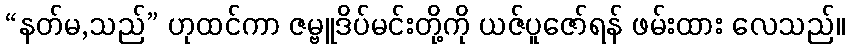
“နတ်မ,သည်” ဟုထင်ကာ ဇမ္ဗူဒိပ်မင်းတို့ကို ယဇ်ပူဇော်ရန် ဖမ်းထား လေသည်။